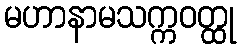
မဟာနာမသက္ကဝတ္ထု